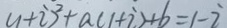
( 1 + i ) ^ { 2 } + a ( 1 + i ) + b = 1 - i